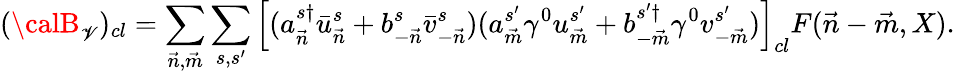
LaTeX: ({\calB}_{\mathscr{V}})_{cl}=\sum_{{\vec{{n}}},{\vec{{m}}}}\sum_{s,s^{\prime}}\left[(a_{\vec{{n}}}^{s\dagger}\bar{{u}}_{\vec{{n}}}^{s}+b_{-{\vec{{n}}}}^{s}\bar{{v}}_{-{\vec{{n}}}}^{s})(a_{\vec{{m}}}^{s^{\prime}}\gamma^{0}u_{\vec{{m}}}^{s^{\prime}}+b_{-{\vec{{m}}}}^{s^{\prime}\dagger}\gamma^{0}v_{-{\vec{{m}}}}^{s^{\prime}})\right]_{cl}F({\vec{{n}}}-{\vec{{m}}},X).